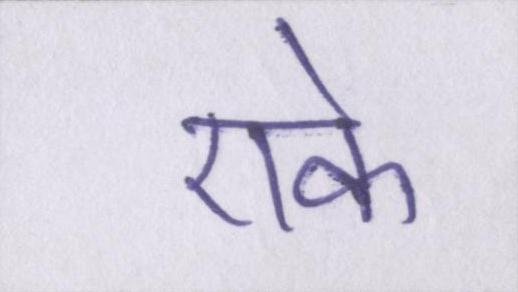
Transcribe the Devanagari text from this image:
एके